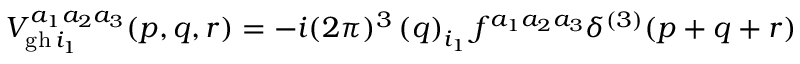
V _ { \mathrm { g h \thinspace } i _ { 1 } } ^ { a _ { 1 } a _ { 2 } a _ { 3 } } ( p , q , r ) = - i ( 2 \pi ) ^ { 3 } \left( q \right) _ { i _ { 1 } } f ^ { a _ { 1 } a _ { 2 } a _ { 3 } } \delta ^ { ( 3 ) } ( p + q + r )